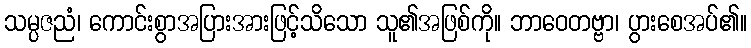
သမ္ပဇညံ၊ ကောင်းစွာအပြားအားဖြင့်သိသော သူ၏အဖြစ်ကို။ ဘာဝေတဗ္ဗာ၊ ပွားစေအပ်၏။